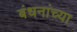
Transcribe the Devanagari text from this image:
बंधनांच्या